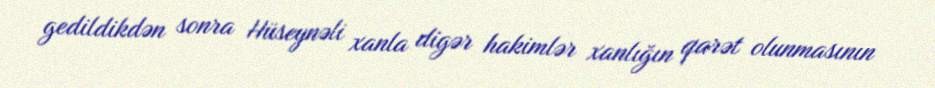
gedildikdən sonra Hüseynəli xanla digər hakimlər xanlığın qarət olunmasının